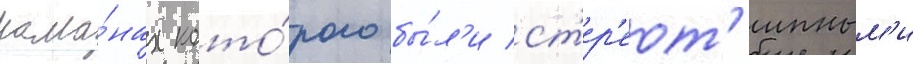
рома́нах кото́рого бы́л'и ст'ер'еот'ипным'и